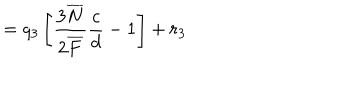
LaTeX: = q _ { 3 } \left[ \frac { 3 \overline { { { N } } } } { 2 \overline { { { F } } } } \frac { c } { d } - 1 \right] + r _ { 3 }